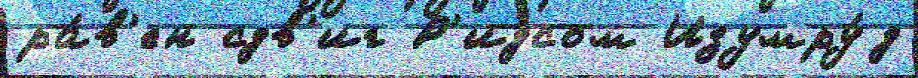
ра́в'ен сдв'иг Р'идсом Изумру́д